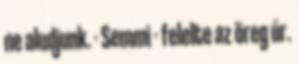
ne aludjunk. - Semmi - felelte az öreg úr.